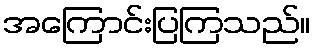
အကြောင်းပြကြသည်။